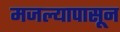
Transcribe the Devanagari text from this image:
मजल्यापासून